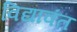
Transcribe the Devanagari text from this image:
विद्यावंत